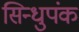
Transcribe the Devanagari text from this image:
सिन्धुपंक